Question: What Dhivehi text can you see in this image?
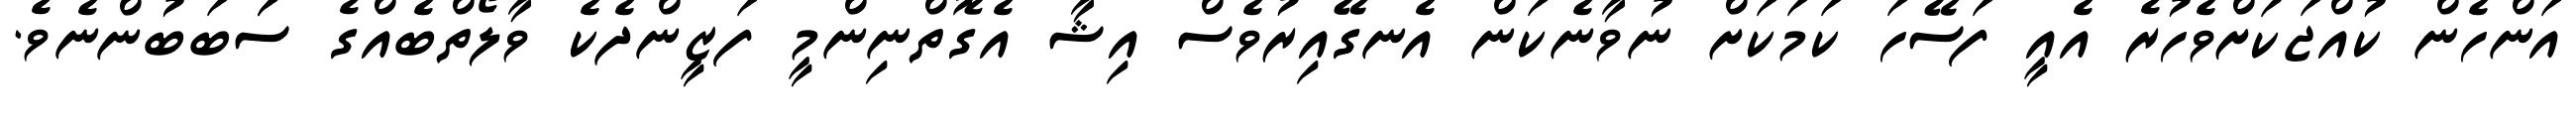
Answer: އަންހެން ކުއްޖަކަށްވެހުރެ އެއީ ފަސޭހަ ކަމަކަށް ނުވާނެކަން އެނގޭއިރުވެސް އިޝާ އެގޮތްނިންމީ ފަޒީންދެކެ ވާލޯތްބެއްގެ ސަަބަބުންނެވެ.